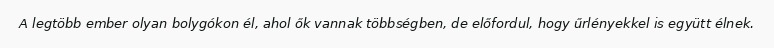
A legtöbb ember olyan bolygókon él, ahol ők vannak többségben, de előfordul, hogy űrlényekkel is együtt élnek.